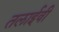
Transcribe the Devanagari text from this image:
तलाईवी